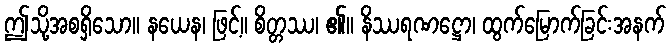
ဤသို့အစရှိသော။ နယေန၊ ဖြင့်။ စိတ္တဿ၊ ၏။ နိဿရဏဋ္ဌော၊ ထွက်မြောက်ခြင်းအနက်